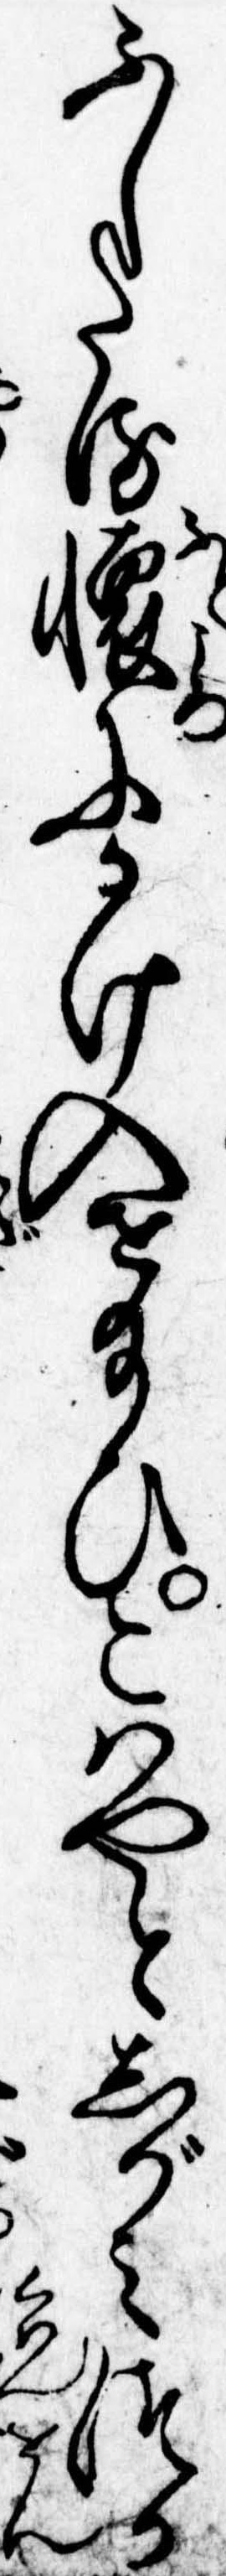
ふしたる懐にかけ入せ給ひこはやとしがみつか